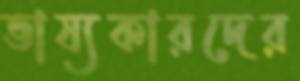
ভাষ্যকারদের